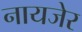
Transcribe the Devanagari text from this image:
नायजेर